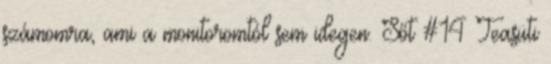
számomra, ami a monitoromtól sem idegen. Sőt #14 Teasüti